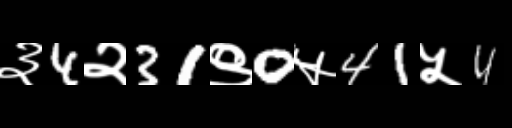
Text: ३4२31९0५41५4